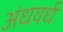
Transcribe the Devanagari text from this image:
अंधवर्ध